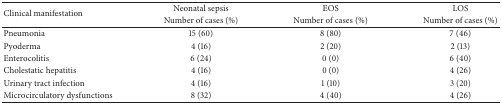
<table><thead><tr><td rowspan="2"><b>Clinical manifestation</b></td><td><b>Neonatal sepsis</b></td><td><b>EOS</b></td><td><b>LOS</b></td></tr><tr><td><b>Number of cases (%)</b></td><td><b>Number of cases (%)</b></td><td><b>Number of cases (%)</b></td></tr></thead><tbody><tr><td>Pneumonia</td><td>15 (60)</td><td>8 (80)</td><td>7 (46)</td></tr><tr><td>Pyoderma</td><td>4 (16)</td><td>2 (20)</td><td>2 (13)</td></tr><tr><td>Enterocolitis</td><td>6 (24)</td><td>0 (0)</td><td>6 (40)</td></tr><tr><td>Cholestatic hepatitis</td><td>4 (16)</td><td>0 (0)</td><td>4 (26)</td></tr><tr><td>Urinary tract infection</td><td>4 (16)</td><td>1 (10)</td><td>3 (20)</td></tr><tr><td>Microcirculatory dysfunctions</td><td>8 (32)</td><td>4 (40)</td><td>4 (26)</td></tr></tbody></table>